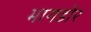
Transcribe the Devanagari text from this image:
भागडोर